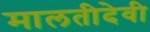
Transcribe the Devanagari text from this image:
मालतीदेवी